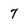
Character: 7